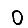
Digit: 0